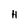
Character: H